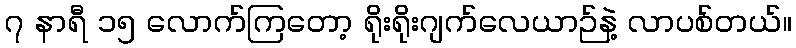
၇ နာရီ ၁၅ လောက်ကြတော့ ရိုးရိုးဂျက်လေယာဉ်နဲ့ လာပစ်တယ်။